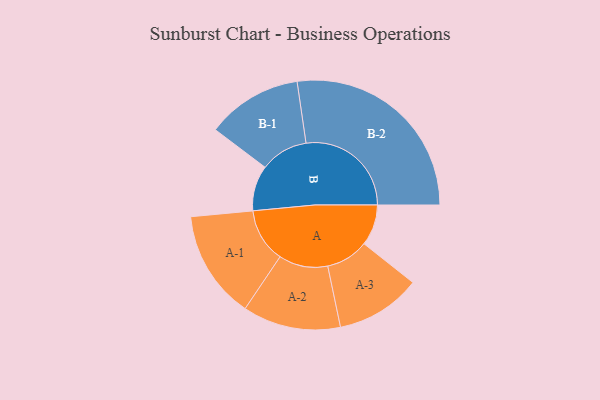
{"axis": {"x": "Segment", "y": "Value"}, "legend": ["", "A", "B"], "data": [{"x": "A", "y": 103, "type": ""}, {"x": "B", "y": 114, "type": ""}, {"x": "A-1", "y": 136, "type": "A"}, {"x": "A-2", "y": 123, "type": "A"}, {"x": "A-3", "y": 107, "type": "A"}, {"x": "B-1", "y": 120, "type": "B"}, {"x": "B-2", "y": 264, "type": "B"}]}